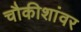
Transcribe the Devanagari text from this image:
चौकीशांवर